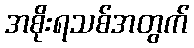
အစိုးရသစ်အတွက်